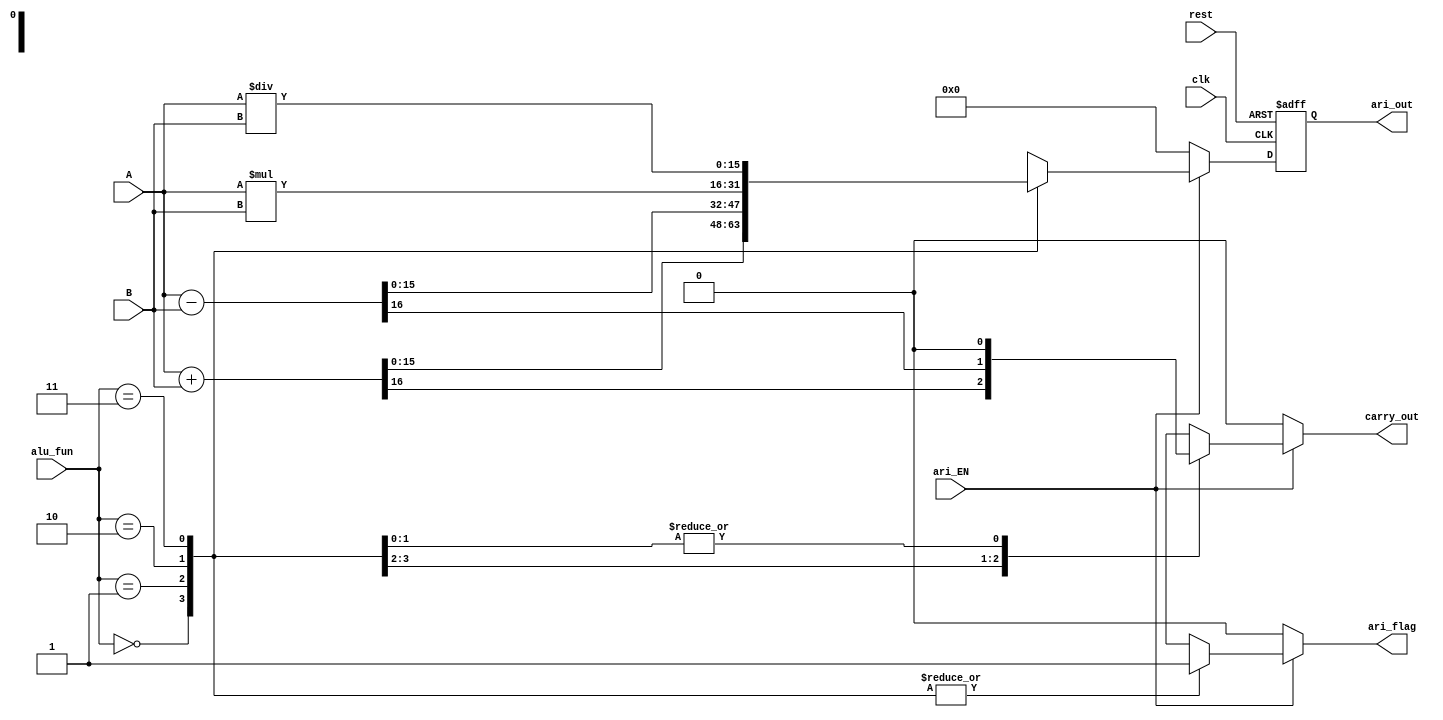
module ari_unit #(parameter width =16,parameter MSB=32) // Parameterized design 

// Port declaration 

(      input      [width-1:0] A,
       input      [width-1:0] B,
       input                  clk,
       input                  rest,
       input      [1:0]       alu_fun,
       input                  ari_EN,
       output reg [width-1:0] ari_out, //change is done in size 
       output reg             carry_out,
       output reg             ari_flag
       );
         
       reg  [width-1:0] ari_out_reg; // width*2 as in multiplication we need n+n bits the largest num of bits
       
             // sequential always 
       
 always @(posedge clk or negedge rest) //Asynchronous rest
       begin 
         if(!rest)
        ari_out ='b0;
      else
          ari_out <=ari_out_reg;
       end  
       
     // combinational always
      
 always @(*)
      begin 
        carry_out=1'b0;
        ari_flag=1'b0;
        ari_out_reg='b0;
        if(ari_EN)
          begin
          case(alu_fun)   // case statement 
          2'b00: begin
                 { carry_out,ari_out_reg}=A+B;
                  ari_flag=1'b1;
                  end 
          2'b01:begin
                {carry_out,ari_out_reg}=A-B;                  
                 ari_flag=1'b1;
                end                               
          2'b10:begin
                ari_out_reg=A*B;
                ari_flag=1'b1;
                end                                 
          2'b11:begin
                ari_out_reg=A/B;
                ari_flag=1'b1;
               end                   
          default: ari_out_reg='b0; 
          endcase
        end  
        else
            begin
            ari_out_reg='b0;
            end   
      end
  endmodule